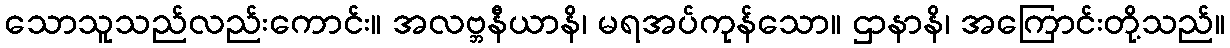
သောသူသည်လည်းကောင်း။ အလဗ္ဘနီယာနိ၊ မရအပ်ကုန်သော။ ဌာနာနိ၊ အကြောင်းတို့သည်။